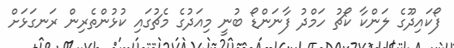
ފޯކައިދޫގެ ލަންކާ ކޯޗު ހަމްދު ފާނަންޑޯ ބުނީ މިއަދުގެ މެޗުގައި ކުޅުންތެރިން ރަނގަޅަށް